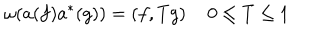
LaTeX: \omega ( a ( f ) a ^ { * } ( g ) ) = \left( f , T g \right) \quad 0 \leq T \leq 1